Lunatic asylums Burma 1907-21 - 1907-1921
Year: 1907
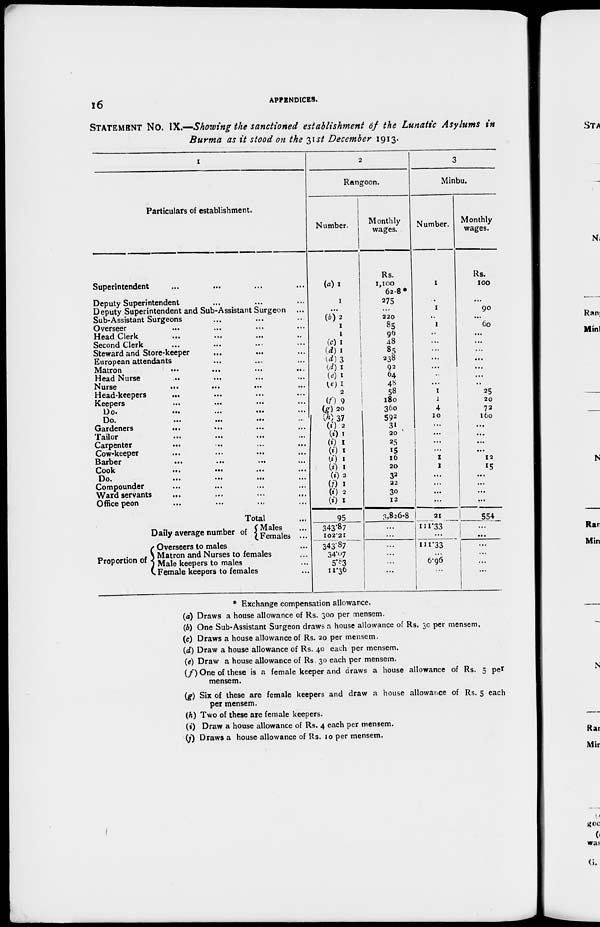
16
APPENDICES.
STATEMENT NO. IX.—Showing the sanctioned establishment of the Lunatic Asylums in
Burma as it stood on the 31st December 1913.
1
Particulars of establishment.
Superintendent ... ... ... ...
Deputy Superintendent ... ... ...
Deputy Superintendent and Sub-Assistant Surgeon ...
Sub-Assistant Surgeons ... ... ...
Overseer ... ... ... ...
Head Clerk ... ... ... ...
Second Clerk ... ... ... ...
Steward and Store-keeper
... ... ...
European attendants ... ... ...
Matron
...
...
...
...
Head Nurse ... ... ... ...
Nurse
...
...
...
...
Head-keepers ... ... ... ...
Keepers
...
...
...
...
Do.
...
...
...
...
Do.
...
...
...
...
Gardeners
...
...
...
...
Tailor ... ... ... ...
Carpenter
...
...
...
...
Cow-keeper
...
...
...
...
Barber
...
...
...
...
Cook
...
...
...
...
Do.
...
...
...
...
Compounder ... ... ...
Ward servants ... ... ... ...
Office peon ... ... ... ...
Total ...
Daily average number of
Proportion of
Males ... ...
Females ... ...
Overseers to males ...
Matron and Nurses to females ...
Male keepers to males ... ...
Female keepers to females ... ...
2
Rangoon.
Number.
(a) 1
1
...
(b)2
1
1
(c)1
(d) 1
(d)3
(d)1
(e) 1
(e) 1
2
(f) 9
(g) 20
(h)
37
(i) 2
(i)1
(i) 1
(i) 1
(i) 1
(i) 1
(i)2
(j)1
(i) 2
(i) 1
95
343.87
102.21
343.87
34.07
5.83
11.36
Monthly
wages.
Rs.
1,100
62-8*
275
...
220
85
96
48
85
238
92
64
48
58
180
360
592
31
20
25
15
16
20
32
22
30
12
3,826-8
...
...
...
...
...
...
3
Minbu.
Number.
1
...
1
...
1
...
...
...
...
...
...
...
1
1
4
10
...
...
...
...
1
1
...
...
...
...
21
111.33
...
111.33
...
6.96
...
Monthly
wages.
Rs.
100
...
90
...
60
...
...
...
...
...
...
...
25
20
72
160
...
...
...
...
12
15
...
...
...
...
554
...
...
...
...
...
...
* Exchange compensation allowance.
(a) Draws a house allowance of Rs. 300 per mensem.
(b) One Sub-Assistant Surgeon draws a house allowance of Rs. 30 per mensem.
(c) Draws a house allowance of Rs. 20 per mensem.
(d) Draw a house allowance of Rs. 40 each per mensem.
(e) Draw a house allowance of Rs. 30 each per mensem.
(f) One of these is a female keeper and draws a house allowance of Rs. 5 per
mensem.
(g) Six of these are female keepers and draw a house allowance of Rs. 5 each
per mensem.
(h) Two of these are female keepers.
(i) Draw a house allowance of Rs. 4 each per mensem.
(j) Draws a house allowance of Rs. 10 per mensem.